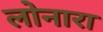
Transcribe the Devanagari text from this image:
लोनारा